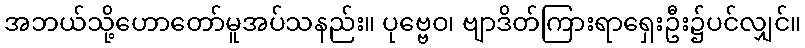
အဘယ်သို့ဟောတော်မူအပ်သနည်း။ ပုဗ္ဗေဝ၊ ဗျာဒိတ်ကြားရာရှေးဦး၌ပင်လျှင်။